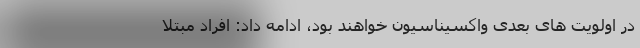
در اولویت های بعدی واکسیناسیون خواهند بود، ادامه داد: افراد مبتلا